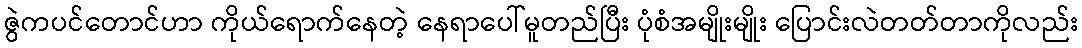
ဇွဲကပင်တောင်ဟာ ကိုယ်ရောက်နေတဲ့ နေရာပေါ်မူတည်ပြီး ပုံစံအမျိုးမျိုး ပြောင်းလဲတတ်တာကိုလည်း